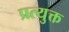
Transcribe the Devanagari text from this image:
प्रत्युक्त